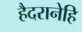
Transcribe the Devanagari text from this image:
हैदरानेहि